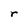
Character: r